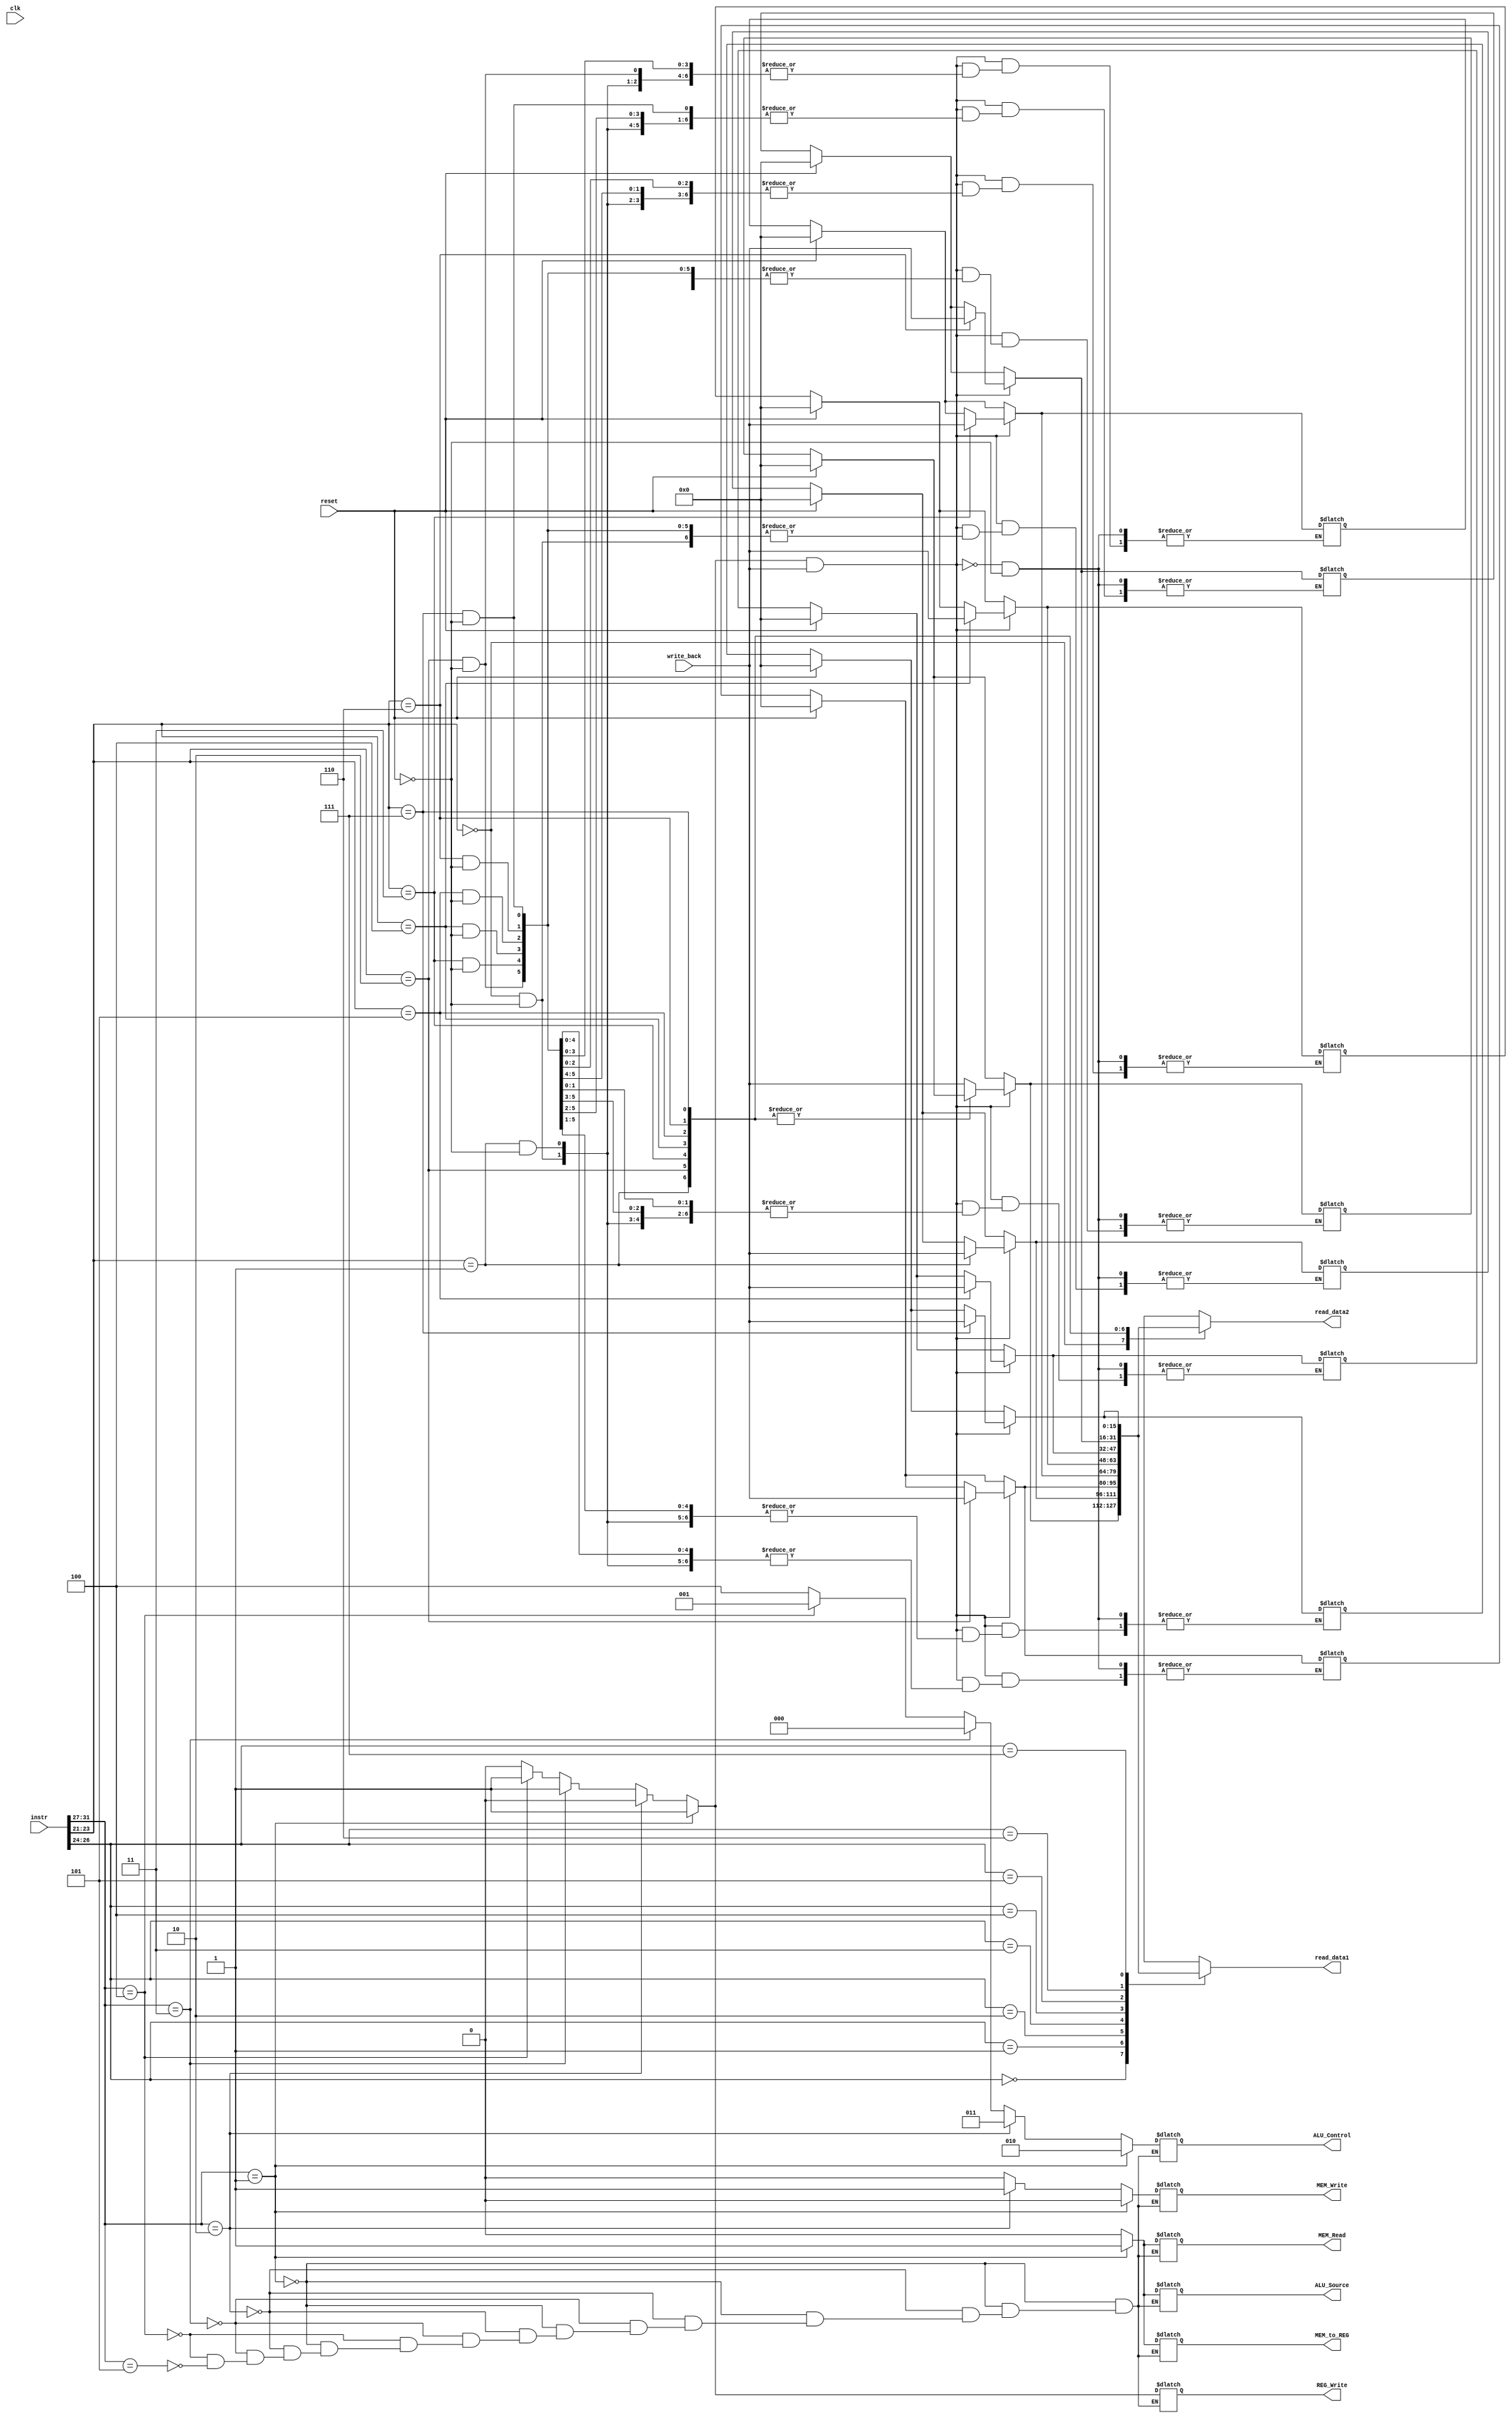
module Decode2 (
    input [15:0] write_back,
    input [31:0] instr,   //Incoming from fetch
    input reset,clk,
    output reg  REG_Write,
    output reg  MEM_Write,
    output reg  MEM_Read,
    output reg  ALU_Source,
    output reg  MEM_to_REG,
    output reg  [2:0] ALU_Control,
    output reg[15 : 0] read_data1,
    output reg[15 : 0] read_data2
);

//Reg File logic
reg[15 : 0] Registers[7 : 0];
integer i;
//control unit logic
initial begin
        	for(i = 0; i < 8; i = i + 1)
             Registers[i] = 0;
end


always @(*) begin
    if (instr[31:27]==5'b00001) begin           //LDM instruction
        ALU_Control = 3'b010;
        REG_Write   = 1;
        MEM_Write   = 0;
        MEM_Read    = 1;
        ALU_Source  = 1;
        MEM_to_REG  = 1;
    end else if (instr[31:27]==5'b00010) begin  //STD instruction
        ALU_Control = 3'b011;
        REG_Write   = 0;
        MEM_Write   = 1;
        MEM_Read    = 0;
        ALU_Source  = 0;
        MEM_to_REG  = 0;
    end else if (instr[31:27]==5'b00011) begin  //ADD instruction
        ALU_Control = 3'b000;
        REG_Write   = 1;
        MEM_Write   = 0;
        MEM_Read    = 0;
        ALU_Source  = 0;
        MEM_to_REG  = 0;
    end else if (instr[31:27]==5'b00100) begin  //NOT instruction
        ALU_Control = 3'b001;
        REG_Write   = 1;
        MEM_Write   = 0;
        MEM_Read    = 0;
        ALU_Source  = 0;
        MEM_to_REG  = 0;
    end else if (instr[31:27]==5'b00101) begin  //NOP instruction
        ALU_Control = 3'b100;
        REG_Write   = 0;
        MEM_Write   = 0;
        MEM_Read    = 0;
        ALU_Source  = 0;
        MEM_to_REG  = 0;
    end
    // reset
    if (reset)
    begin
        for(i = 0; i < 8; i = i + 1)
            Registers[i] = 0;
    end
    // write
    if (REG_Write && write_back)
        Registers[instr[23:21]]  = write_back;
    // read
    read_data1 = Registers[instr[26:24]];
    read_data2 = Registers[instr[23:21]];
end

endmodule